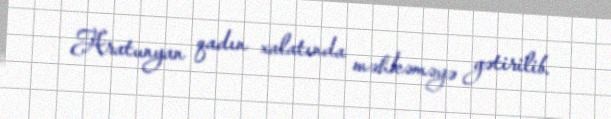
Aratunyan qadın xalatında məhkəməyə gətirilib.